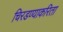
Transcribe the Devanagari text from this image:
चिरडण्याकरिता